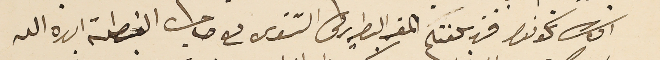
وان تكونوا قد بلغتم المقر البطريركى الشتوى مع صاحب الغبطة ايده الله